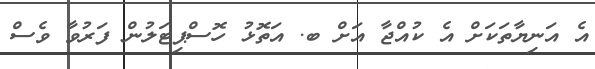
އެ އަނިޔާތަކަށް އެ ކުއްޖާ އަށް ބ. އަތޮޅު ހޮސްޕިޓަލުން ފަރުވާ ވެސް